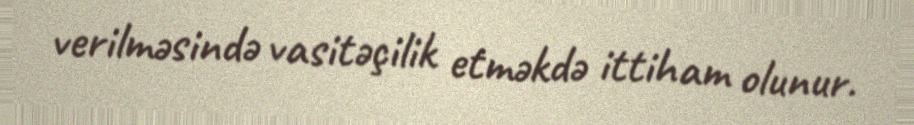
verilməsində vasitəçilik etməkdə ittiham olunur.